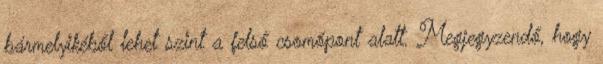
bármelyikéből lehet szint a felső csomópont alatt. Megjegyzendő, hogy